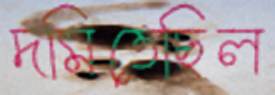
দমিতেছিল